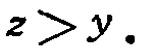
\(z > y.\)